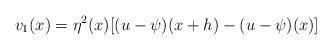
LaTeX: \begin{align*}v_{1}(x)= \eta^{2}(x) [(u-\psi)(x+h)-(u-\psi)(x)] \end{align*}